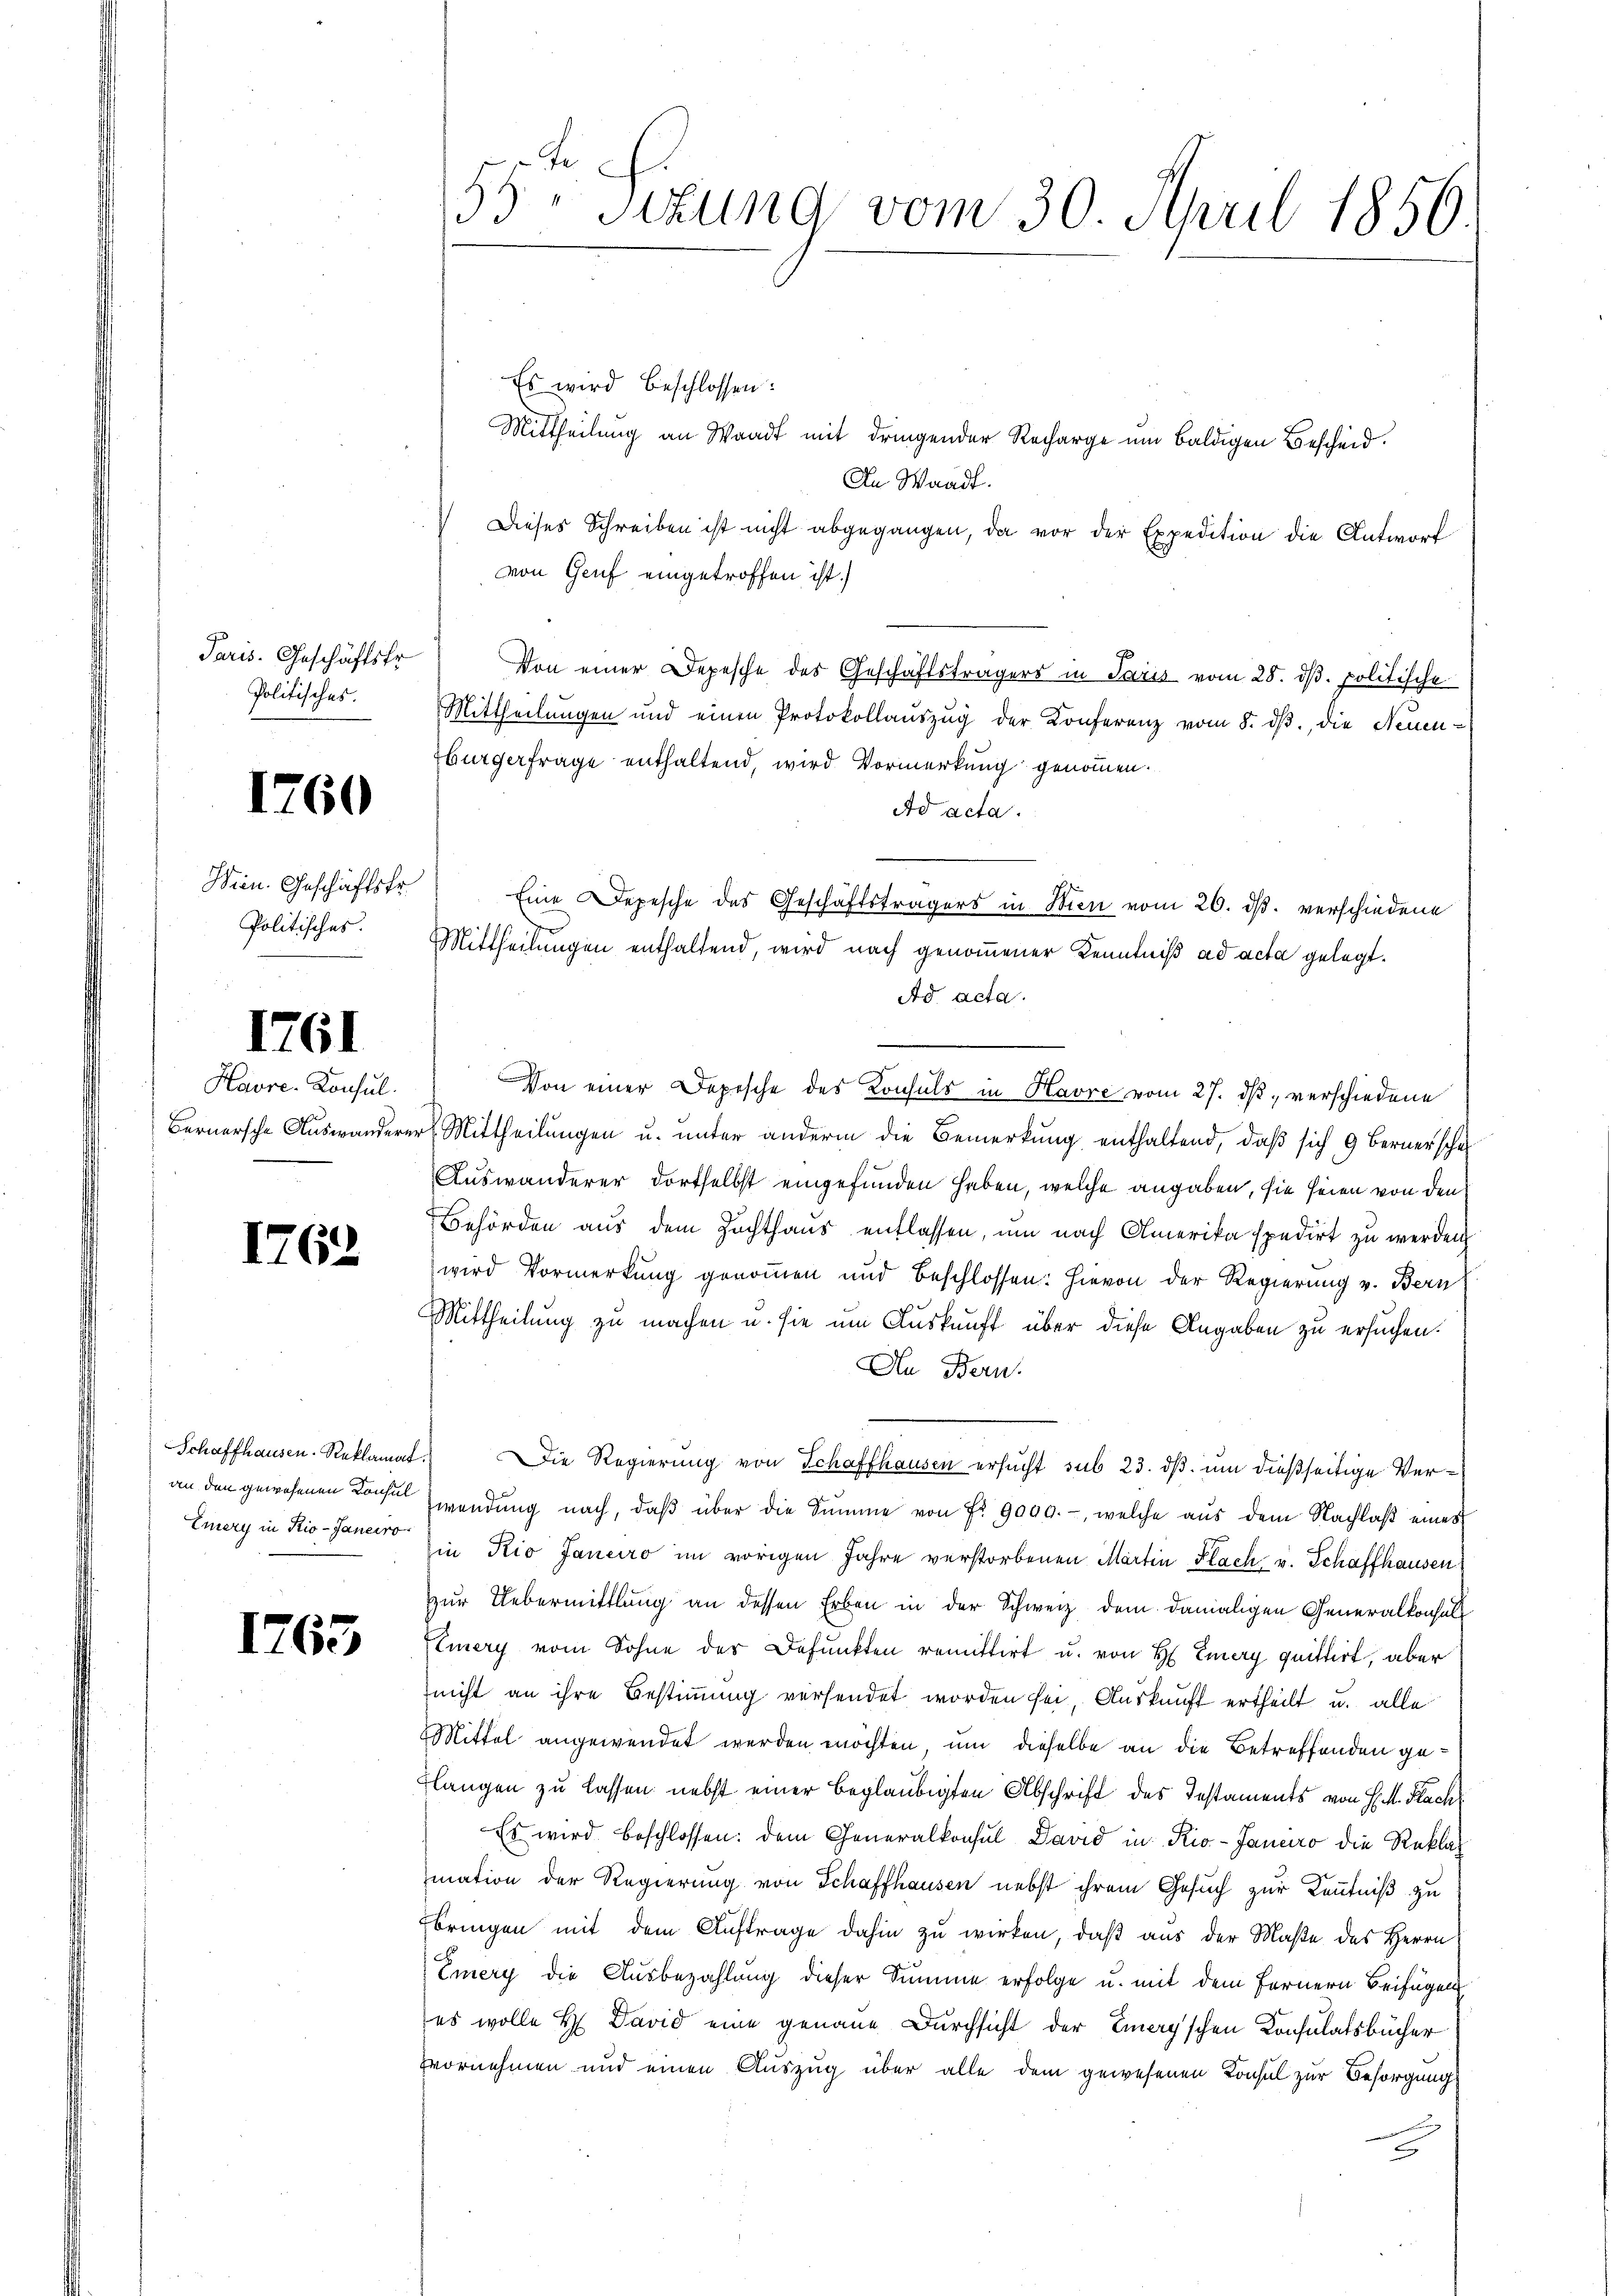
Paris. Geschäftsfr.
Politisches.

1760

Wein. Geschäftsfr.
Politisches.

1761

Havre, Konsul
Bernersche Auswanderen

1762

an den gewesenen Konsul
Emery in Rio-Janeiro

1765

55 Sitzung vom 30. April 1856.

Es wird beschlossen:
Mittheilung an Waadt mit dringender Recharge um baldigen Bescheid.
An Waadt.
 Dieses Schreiben ist nicht abgegangen, da vor der Expedition die Antworf
von Genf eingetroffen ist.
Von einer Depesche des Geschäftsträgers in Paris vom 28. dβ. politische
Mittheilungen und einen Protokollaŭszŭg der Konferenz vom 8. dβ, die Neuen-
Burgerfrage enthaltend, wird Vormerkung genommen.
Ad acta.
Eine Depesche des Geschäftsträgers in Wien vom 26. ds. verschiedene
Mittheilungen enthaltend, wird nach genommener Kenntniß ad acta gelegt.
Ad acta.
Von einer Depesche des Konsuls in Havre vom 27. ds, verschiedene
rl. Mittheilungen u. unter anderm die Bemerkung enthaltend, daß sich 9 Berner scho
Auswanderer dortselbst eingefunden haben, welche angaben, sie seien von den
Behörden aus dem Zuchthaus entlassen, um nach Amerika spedirt zu werden
wird Vormerkung genommen und beschlossen: hievon der Regierung v. Bern
Mittheilung zu machen u. sie um Auskunft über diese Angaben zu ersuchen.
An Bern.
Schaffhausen. Reklamat. Die Regierung von Schaffhausen ersucht sub 23. dβ. um dießseitige Verwendŭng nach, daβ über die Summe von Fr. 9000.-, welche aŭs dem Nachlaβ eines
in Rio Janeiro im vorigen Jahre verstorbenen Martin Flach v. Schaffhausen
zur Uebermittlung an dessen Erben in der Schweiz dem damaligen Generalkonsul
Emery vom Sohne des Befunkten remittirt u. von H. Emery quittirt, aber
(nicht an ihre Bestimmung versendet worden sei, Auskunft ertheilt u. alle
Mittel angewendet werden möchten, um dieselbe an die Betreffenden ge¬
Flangen zu lassen nebst einer beglaubigten Abschrift des Instaments von H. M. Nach
Es wird beschlossen: dem Generalkonsul David in Rio-Janeiro die Reklas
mation der Regierung von Schaffhausen nebst ihrem Gesuch zur Kenntniß zu
bringen mit dem Auftrage dahin zu wirken, daß aus der Maße des Herrn
Emery die Ausbezahlung dieser Summe erfolge u. mit dem Fernern Beifügen
es wolle H David eine genaue Durchsicht der Emery'schen Konsulatsbücher
vornehmen und einen Auszug über alle dem gewesenen Konsul zur Besorgung